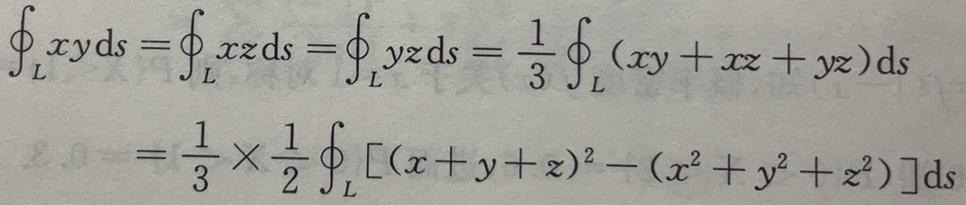
\[
\begin{align*}
\oint_{L}xy\mathrm{d}s&=\oint_{L}xz\mathrm{d}s=\oint_{L}yz\mathrm{d}s=\frac{1}{3}\oint_{L}(xy + xz + yz)\mathrm{d}s\\
&=\frac{1}{3}\times\frac{1}{2}\oint_{L}[(x + y + z)^{2}-(x^{2}+y^{2}+z^{2})]\mathrm{d}s
\end{align*}
\]